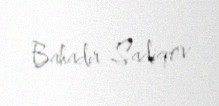
Bahadır Sadiqov